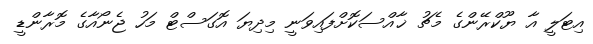
އިޓަލީ އާ ޔޫކްރޭންގެ މެޗު ޚާއްސަކޮށްފައިވަނީ މިދިޔަ އޮގަސްޓް މަހު ޖެނޯއާގެ މޮރާންޑީ